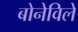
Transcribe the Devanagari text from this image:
बोनेविले